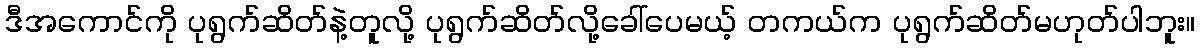
ဒီအကောင်ကို ပုရွက်ဆိတ်နဲ့တူလို့ ပုရွက်ဆိတ်လို့ခေါ်ပေမယ့် တကယ်က ပုရွက်ဆိတ်မဟုတ်ပါဘူး။